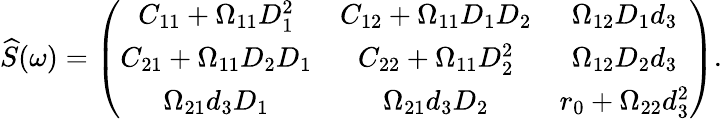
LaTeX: \widehat{S}(\omega)=\left(\begin{array}{ccc}{C_{11}+\Omega_{11}D_{1}^{2}}&{C_{12}+\Omega_{11}D_{1}D_{2}}&{\Omega_{12}D_{1}d_{3}}\\ {C_{21}+\Omega_{11}D_{2}D_{1}}&{C_{22}+\Omega_{11}D_{2}^{2}}&{\Omega_{12}D_{2}d_{3}}\\ {\Omega_{21}d_{3}D_{1}}&{\Omega_{21}d_{3}D_{2}}&{r_{0}+\Omega_{22}d_{3}^{2}}\end{array}\right).